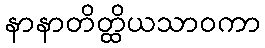
နာနာတိတ္ထိယသာဝကာ